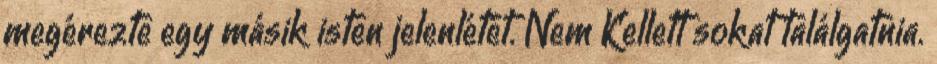
megérezte egy másik isten jelenlétét. Nem Kellett sokat találgatnia.